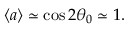
\langle a \rangle \simeq \cos 2 \theta _ { 0 } \simeq 1 .